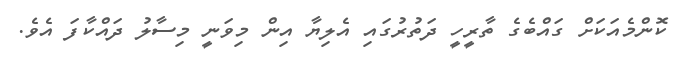
ކޮންމެއަކަށް ގައްބެގެ ތާރީހީ ދަތުރުގައި އެލިޔާ އިން މިވަނީ މިސާލު ދައްކާފަ އެވެ.